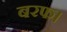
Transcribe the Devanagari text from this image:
बरफ।